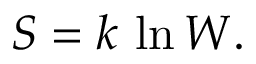
S = k \, \ln W .